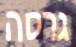
גרסה